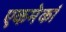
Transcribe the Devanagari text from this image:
एकमेकां